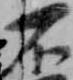
不